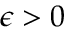
\epsilon > 0